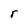
Character: r